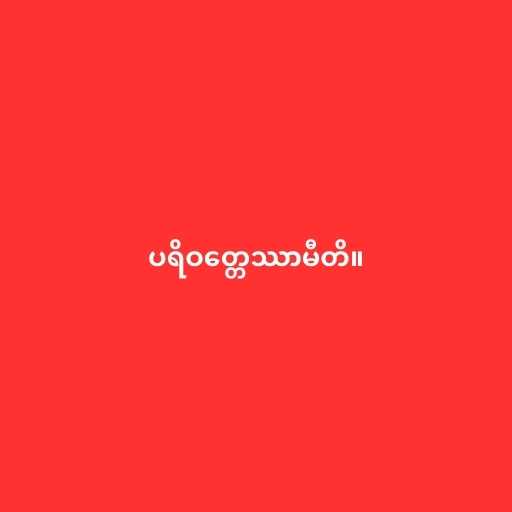
ပရိဝတ္တေဿာမီတိ။